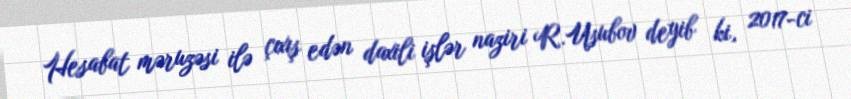
Hesabat məruzəsi ilə çıxış edən daxili işlər naziri R.Usubov deyib ki, 2017-ci